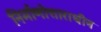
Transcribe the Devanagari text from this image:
निर्माणोत्ताराधीन